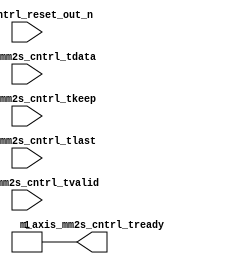
// mm2s_cntrl.v --- 
// 
// Description: 
// Maintainer: 
// Version: 
// Last-Updated: 
//           By: 
//     Update #: 0
// URL: 
// Keywords: 
// Compatibility: 
// 
// 

// Commentary: 
// 
// 
// 
// 

// Change log:
// 
// 
// 

// -------------------------------------
// Naming Conventions:
// 	active low signals                 : "*_n"
// 	clock signals                      : "clk", "clk_div#", "clk_#x"
// 	reset signals                      : "rst", "rst_n"
// 	generics                           : "C_*"
// 	user defined types                 : "*_TYPE"
// 	state machine next state           : "*_ns"
// 	state machine current state        : "*_cs"
// 	combinatorial signals              : "*_com"
// 	pipelined or register delay signals: "*_d#"
// 	counter signals                    : "*cnt*"
// 	clock enable signals               : "*_ce"
// 	internal version of output port    : "*_i"
// 	device pins                        : "*_pin"
// 	ports                              : - Names begin with Uppercase
// Code:
module mm2s_cntrl (/*AUTOARG*/
   // Outputs
   m_axis_mm2s_cntrl_tready,
   // Inputs
   mm2s_cntrl_reset_out_n, m_axis_mm2s_cntrl_tdata,
   m_axis_mm2s_cntrl_tkeep, m_axis_mm2s_cntrl_tvalid,
   m_axis_mm2s_cntrl_tlast
   );
   parameter C_M_AXIS_MM2S_CNTRL_TDATA_WIDTH = 32;
   
   input 				     mm2s_cntrl_reset_out_n;
   input [C_M_AXIS_MM2S_CNTRL_TDATA_WIDTH-1:0] m_axis_mm2s_cntrl_tdata;
   input [(C_M_AXIS_MM2S_CNTRL_TDATA_WIDTH/8)-1:0] m_axis_mm2s_cntrl_tkeep;
   input 					   m_axis_mm2s_cntrl_tvalid;
   input 					   m_axis_mm2s_cntrl_tlast;
   output 					   m_axis_mm2s_cntrl_tready;

   assign m_axis_mm2s_cntrl_tready = 1'b1;
endmodule
// 
// mm2s_cntrl.v ends here